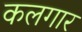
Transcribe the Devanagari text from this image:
कलगार